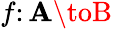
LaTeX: f\colon\mathbf{A}\toB